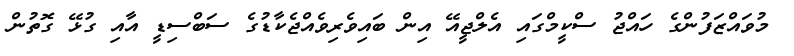
މުވައްޒަފުންގެ ހައްޖު ސްކީމްގައި އެލްޖީއޭ އިން ބައިވެރިވެއްޖެކާޑުގެ ސަބްސިޑީ އާއި ގުޅޭ ގޮތުން